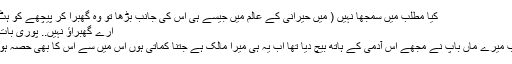
کیا مطلب میں سمجھا نہیں ( میں حیرانی کے عالم میں جیسے ہی اس کی جانب بڑھا تو وہ گھبرا کر پیچھے کو ہٹ گئی)
ارے گھبراؤ نہیں.. پوری بات بتاؤ..
صاحب میرے ماں باپ نے مجھے اس آدمی کے ہاتھ بیچ دیا تھا اب یہ ہی میرا مالک ہے جتنا کماتی ہوں اس میں سے اس کا بھی حصہ ہوتا ہے۔